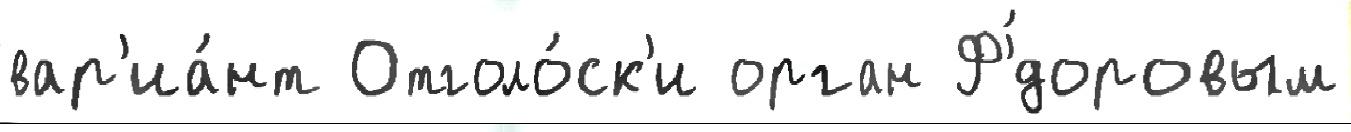
вар'иа́нт Отголо́ск'и орган Ф'́доровым